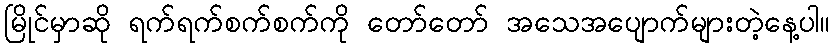
မြိုင်မှာဆို ရက်ရက်စက်စက်ကို တော်တော် အသေအပျောက်များတဲ့နေ့ပါ။